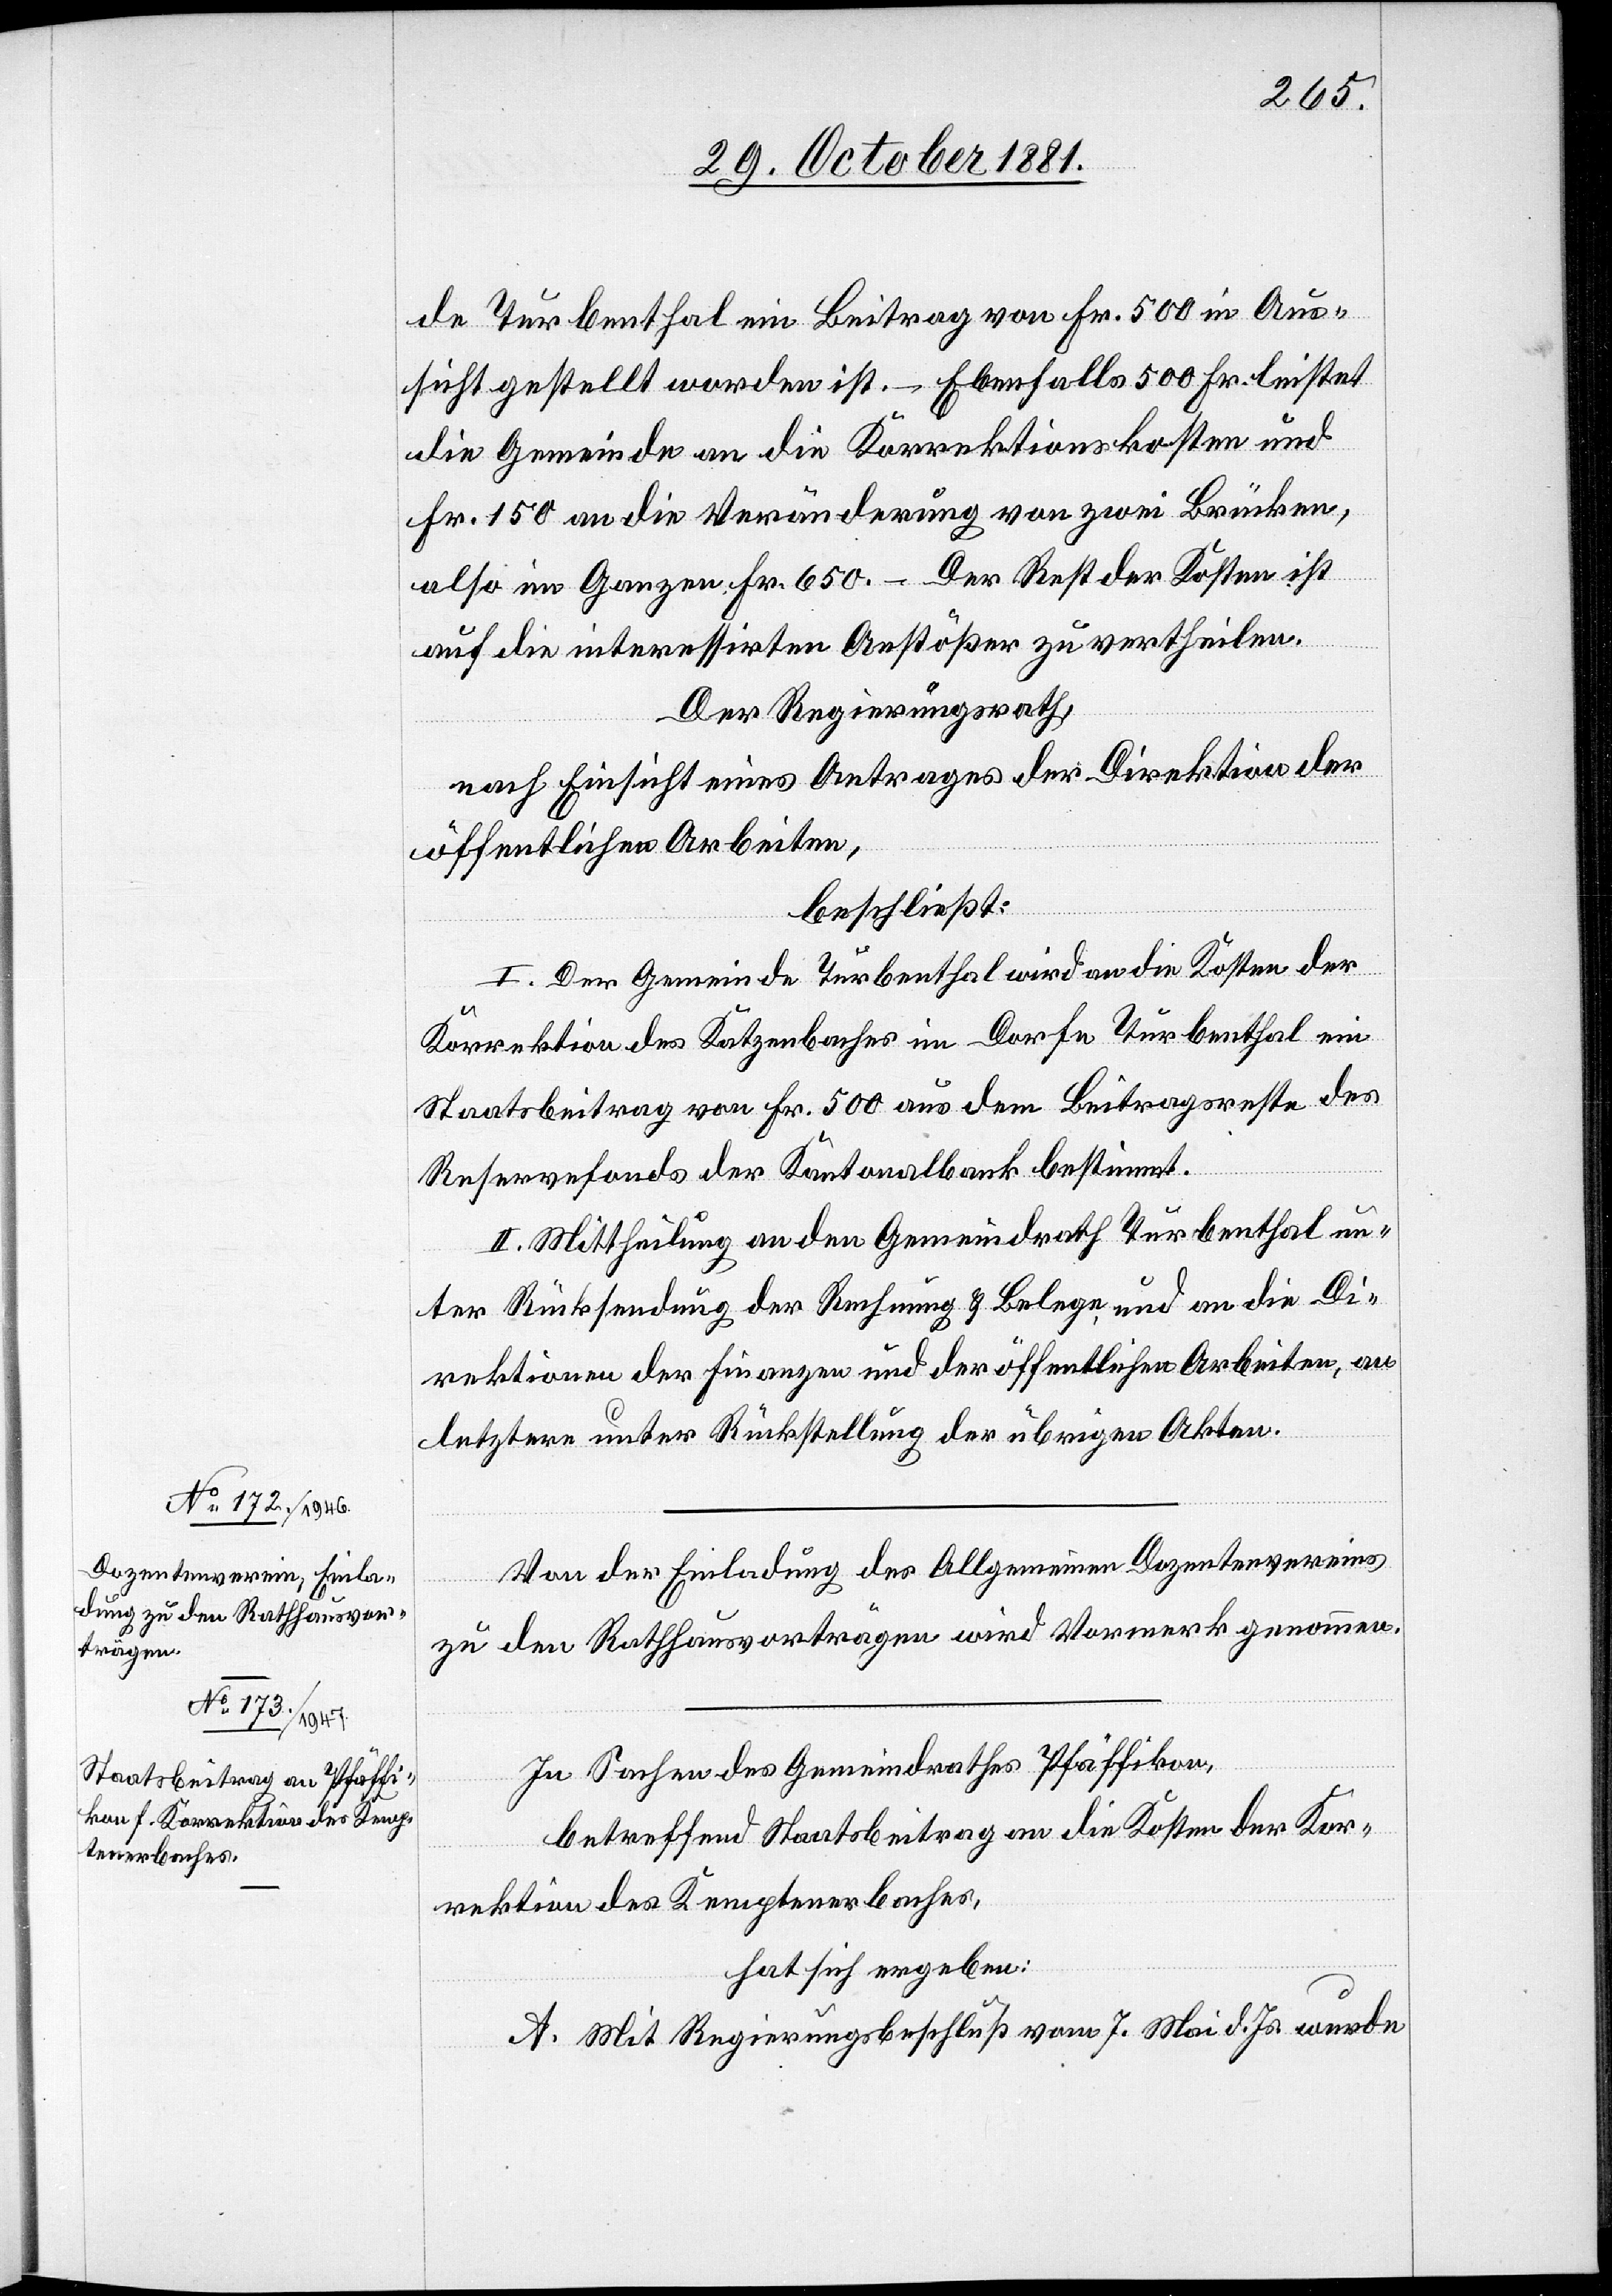
de Turbenthal ein Beitrag von Fr. 500 in Aus¬
sicht gestellt worden ist. – Ebenfalls 500 Fr. leistet
die Gemeinde an die Korrektionskosten und
Fr. 150 an die Veränderung von zwei Brücken,
also im Ganzen Fr. 650. – Der Rest der Kosten ist
auf die interessirten Anstößer zu vertheilen.
Der Regierungsrath,
nach Einsicht eines Antrages der Direktion der
öffentlichen Arbeiten,
beschließt:
I. Der Gemeinde Turbenthal wird an die Kosten der
Korrektion des Katzenbaches im Dorfe Turbenthal ein
Staatsbeitrag von Fr. 500 aus dem Beitragsrechte des
Reservefonds der Kantonalbank bestimmt.
II. Mittheilung an den Gemeindrath Turbenthal un¬
ter Rücksendung der Rechnung & Belege und an die Di¬
rektionen der Finanzen und der öffentlichen Arbeiten, an
letztere unter Rückstellung der übrigen Akten.
Von der Einladung des Allgemeinen Dozentenvereins
zu den Rathhausvorträgen wird Vormerk genommen.
In Sachen des Gemeindrathes Pfäffikon,
betreffend Staatsbeitrag an die Kosten der Kor¬
rektion des Kemptenerbaches,
hat sich ergeben:
A. Mit Regierungsbeschluß vom 7. Mai d. Js. wurde